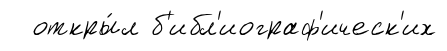
откры́л б'ибл'иограф'ическ'их